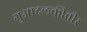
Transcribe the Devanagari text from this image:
गुआदलकीवीर